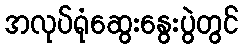
အလုပ်ရုံဆွေးနွေးပွဲတွင်